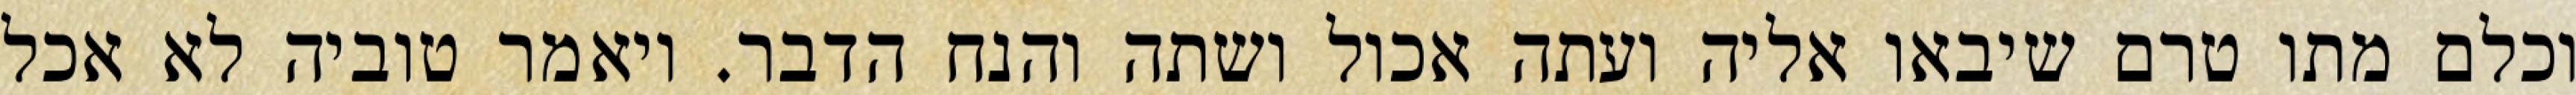
וכלם מתו טרם שיבאו אליה ועתה אכול ושתה והנח הדבר. ויאמר טוביה לא אכל